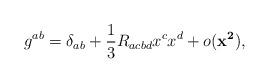
LaTeX: \begin{align*}g^{ab} = \delta _{ab} + \frac{1}{3} R_{acbd} x^{c} x^{d} + o({\mathbf{x^{2}}}),\end{align*}